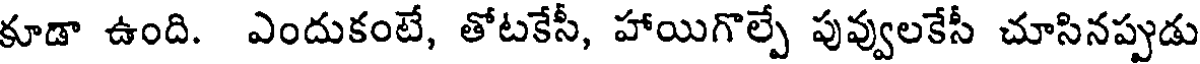
కూడా ఉంది. ఎందుకంటే, తోటకేసీ, హాయిగొల్పే పువ్వులకేసీ చూసినప్పుడు